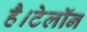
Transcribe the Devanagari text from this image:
है।टेलॉन